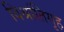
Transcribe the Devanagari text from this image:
विश्रांतिगृह